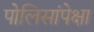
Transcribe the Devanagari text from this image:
पोलिसांपेक्षा